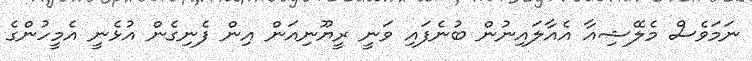
ނަމަވެސް މެލޭޝިއާ އެއާލައިނުން ބުނެފައި ވަނީ ރީޔޫނިއަން އިން ފެނިގެން އުޅެނީ އެމީހުންގެ